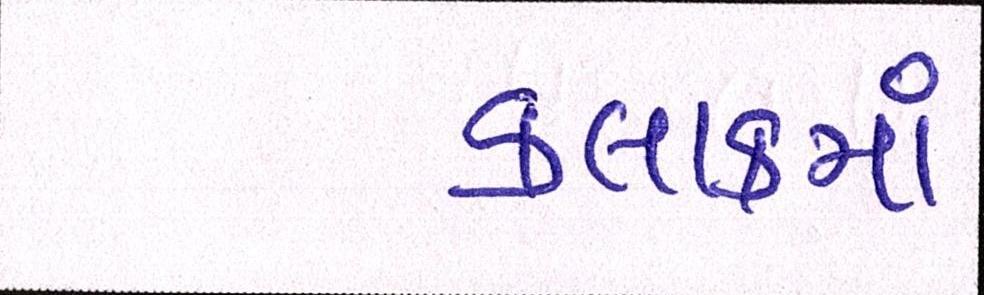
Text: કલાકમાં